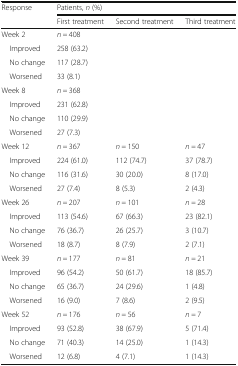
<table><thead><tr><td><b>Response</b></td><td colspan="3"><b>Patients, <i>n</i> (%)</b></td></tr><tr><td></td><td><b>First treatment</b></td><td><b>Second treatment</b></td><td><b>Third treatment</b></td></tr></thead><tbody><tr><td>Week 2</td><td><i>n =</i> 408</td><td></td><td></td></tr><tr><td> Improved</td><td>258 (63.2)</td><td></td><td></td></tr><tr><td> No change</td><td>117 (28.7)</td><td></td><td></td></tr><tr><td> Worsened</td><td>33 (8.1)</td><td></td><td></td></tr><tr><td>Week 8</td><td><i>n =</i> 368</td><td></td><td></td></tr><tr><td> Improved</td><td>231 (62.8)</td><td></td><td></td></tr><tr><td> No change</td><td>110 (29.9)</td><td></td><td></td></tr><tr><td> Worsened</td><td>27 (7.3)</td><td></td><td></td></tr><tr><td>Week 12</td><td><i>n =</i> 367</td><td><i>n =</i> 150</td><td><i>n =</i> 47</td></tr><tr><td> Improved</td><td>224 (61.0)</td><td>112 (74.7)</td><td>37 (78.7)</td></tr><tr><td> No change</td><td>116 (31.6)</td><td>30 (20.0)</td><td>8 (17.0)</td></tr><tr><td> Worsened</td><td>27 (7.4)</td><td>8 (5.3)</td><td>2 (4.3)</td></tr><tr><td>Week 26</td><td><i>n =</i> 207</td><td><i>n =</i> 101</td><td><i>n =</i> 28</td></tr><tr><td> Improved</td><td>113 (54.6)</td><td>67 (66.3)</td><td>23 (82.1)</td></tr><tr><td> No change</td><td>76 (36.7)</td><td>26 (25.7)</td><td>3 (10.7)</td></tr><tr><td> Worsened</td><td>18 (8.7)</td><td>8 (7.9)</td><td>2 (7.1)</td></tr><tr><td>Week 39</td><td><i>n =</i> 177</td><td><i>n =</i> 81</td><td><i>n =</i> 21</td></tr><tr><td> Improved</td><td>96 (54.2)</td><td>50 (61.7)</td><td>18 (85.7)</td></tr><tr><td> No change</td><td>65 (36.7)</td><td>24 (29.6)</td><td>1 (4.8)</td></tr><tr><td> Worsened</td><td>16 (9.0)</td><td>7 (8.6)</td><td>2 (9.5)</td></tr><tr><td>Week 52</td><td><i>n =</i> 176</td><td><i>n =</i> 56</td><td><i>n =</i> 7</td></tr><tr><td> Improved</td><td>93 (52.8)</td><td>38 (67.9)</td><td>5 (71.4)</td></tr><tr><td> No change</td><td>71 (40.3)</td><td>14 (25.0)</td><td>1 (14.3)</td></tr><tr><td> Worsened</td><td>12 (6.8)</td><td>4 (7.1)</td><td>1 (14.3)</td></tr></tbody></table>